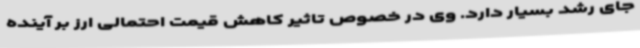
جای رشد بسیار دارد. وی در خصوص تاثیر کاهش قیمت احتمالی ارز بر آینده